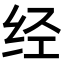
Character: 经